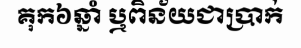
គុក៦ឆ្នាំ ឬពិន័យជាប្រាក់